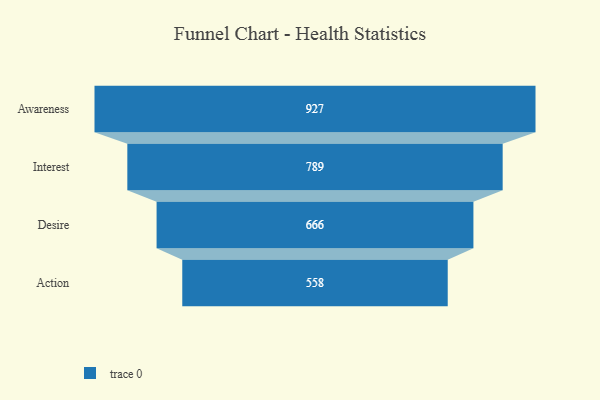
{"axis": {"x": "Stage", "y": "Value"}, "legend": [""], "data": [{"x": "Awareness", "y": 927.0, "type": ""}, {"x": "Interest", "y": 789.0, "type": ""}, {"x": "Desire", "y": 666.0, "type": ""}, {"x": "Action", "y": 558.0, "type": ""}]}